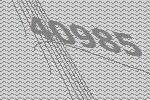
40985